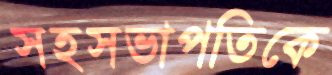
সহসভাপতিকে